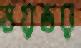
ভয়ডর